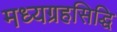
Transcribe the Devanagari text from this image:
मध्यग्रहसिद्धि